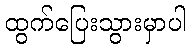
ထွက်ပြေးသွားမှာပါ